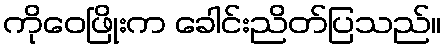
ကိုဝေဖြိုးက ခေါင်းညိတ်ပြသည်။